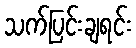
သက်ပြင်းချရင်း